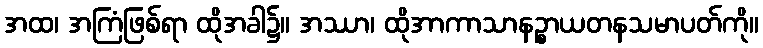
အထ၊ အကြံဖြစ်ရာ ထိုအခါ၌။ အဿာ၊ ထိုအာကာသာနဉ္စာယတနသမာပတ်ကို။